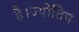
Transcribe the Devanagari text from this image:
है।ज्योतिष